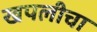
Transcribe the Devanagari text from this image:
खपलीचा